Scottish Leaving Certificate Examination, 1960
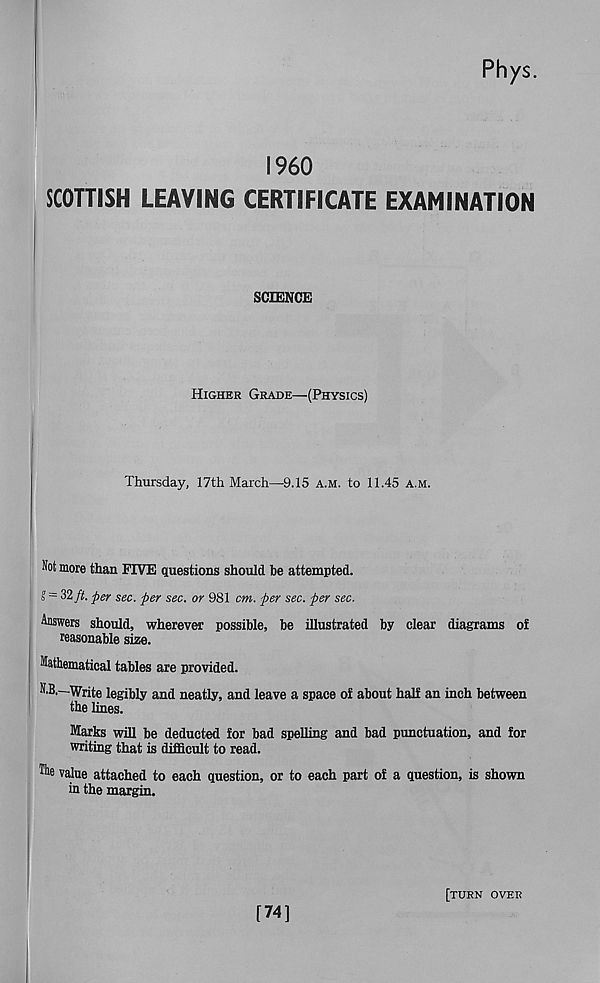
Rhys.
I960
SCOTTISH LEAVING CERTIFICATE EXAMINATION
SCIENCE
Higher Grade—(Physics)
Thursday, 17th March—9.15 A.m. to 11.45 a.m.
Not more than FIVE questions should be attempted.
S = 32 ft. per sec. per sec. or 981 cm. per sec. per sec.
Answers should, wherever possible, be illustrated by clear diagrams of
reasonable size.
Mathematical tables are provided.
N,B,—Write legibly and neatly, and leave a space of about half an inch between
the lines.
Marks will be deducted for bad spelling and bad punctuation, and for
writing that is difficult to read.
The value attached to each question, or to each part of a question, is shown
in the margin.
[74]
[turn over